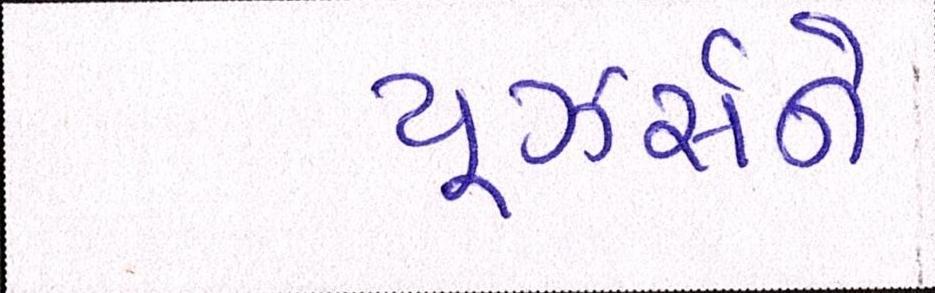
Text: યૂઝર્સને